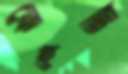
কেহতা